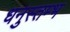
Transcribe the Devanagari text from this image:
धनुस्तम्भ